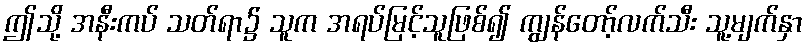
ဤသို့ အနီးကပ် သတ်ရာ၌ သူက အရပ်မြင့်သူဖြစ်၍ ကျွန်တော့်လက်သီး သူ့မျက်နှာ